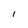
Character: l